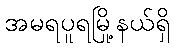
အမရပူရမြို့နယ်ရှိ